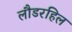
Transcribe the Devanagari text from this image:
लौडरहिल